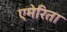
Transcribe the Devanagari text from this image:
एमेरिता